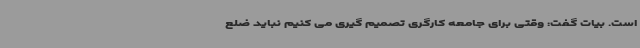
است. بیات گفت: وقتی برای جامعه کارگری تصمیم گیری می کنیم نباید ضلع